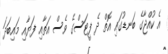
އެ ކުއްޖާގެ ބަނޑުގައި އޮތް ދެ ފީޓަސްގެ ވެސް އަތާއި ފަޔާއި މައިބަދަ